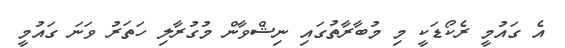
އެ ގައުމީ ރެކޯޑަކީ މި މުބާރާތުގައި ނިޝްވާން މުގުރާލި ހަތަރު ވަނަ ގައުމީ